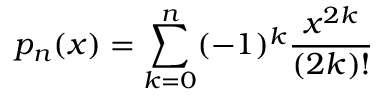
p _ { n } ( x ) = \sum _ { k = 0 } ^ { n } ( - 1 ) ^ { k } { \frac { x ^ { 2 k } } { ( 2 k ) ! } }